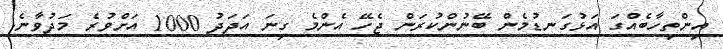
އިންތިހާބެއްގަ އަޅުގަނޑުމެން ބޭނުންކުރަން ޖެހޭ އެންމެ ގިނަ އަދަދު 1000 އަށްވުރެ މަދުވާނެ.